Lunatic asylums in Bengal annual reports 1888-1898 - 1888-1898
Year: 1888
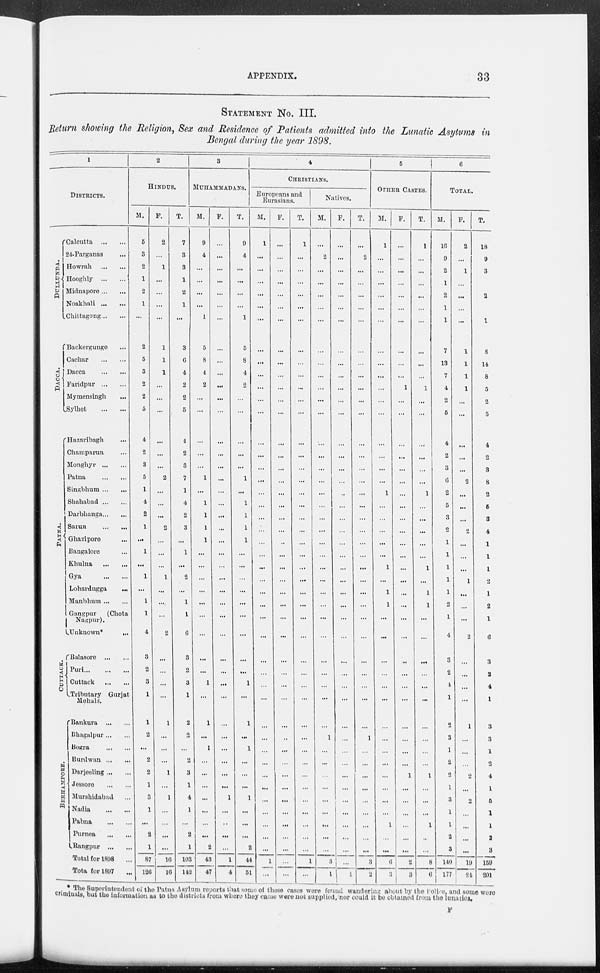
APPENDIX.
33
STATEMENT No. III.
Return showing the Religion, Sex and Residence of Patients admitted into the Lunatic Asylums in
Bengal during the year 1898.
1
DISTRICTS.
DULLUNDA.
DACCA.
PATNA.
CUTTACK.
BERHAMPORE.
Calcutta
...
...
24-Parganas ...
Howrah
...
...
Hooghly
...
...
Midnapore ... ...
Noakhali ... ...
Chittagong ... ...
Backergunge ...
Cachar
...
...
Dacca
...
...
Faridpur ... ...
Mymensingh ...
Sylhet
...
...
Hazaribagh ... ...
Champarun ... ...
Monghyr ... ...
Patna
...
...
Singbhum ... ...
Shahabad ... ...
Darbhanga ... ...
Sarun
...
...
Ghazipore ...
Bangalore ...
Khulna ... ...
Gya
...
...
Lohardugga ...
Manbhum ... ...
Gangpur
(Chota
Nagpur).
Unknown* ... ...
Balasore
...
...
Puri ... ... ...
Cuttack ... ...
Tributary Gurjat
Mehals.
Bankura
...
...
Bhagalpur ... ...
Bogra
...
...
Burdwan ... ...
Darjeeling ... ...
Jessore
...
...
Murshidabad ...
Nadia
...
...
Pabna ... ...
Purnea ... ...
Rangpur ... ...
Total for 1898 ...
Total for 1897 ...
2
HINDUS.
M.
5
3
2
1
2
1
...
2
5
3
2
2
5
4
2
3
5
1
1
2
1
...
1
...
1
...
1
1
4
3
2
3
1
1
2
...
2
2
1
3
1
...
2
1
87
123
F.
2
...
1
...
...
...
...
1
1
1
...
...
...
...
...
...
2
...
...
...
2
...
...
...
1
...
...
...
2
...
...
...
...
...
...
...
...
1
...
1
...
...
...
...
16
16
T.
7
3
3
1
2
1
...
3
6
4
2
2
5
4
2
3
7
1
4
2
3
...
1
...
2
...
1
1
6
3
2
3
1
2
2
...
2
3
1
4
1
...
2
1
103
142
3
MUHAMMADANS.
M.
9
4
...
...
...
...
1
5
8
4
2
...
...
...
...
...
1
...
1
1
1
1
...
...
...
...
...
...
...
1
...
1
...
1
...
1
...
...
...
...
...
...
...
...
43
47
F.
...
...
...
...
...
...
...
...
...
...
...
...
...
...
...
...
...
...
...
...
...
...
...
...
...
...
...
...
...
...
...
...
...
...
...
...
...
...
...
1
...
...
...
...
1
4
T.
9
4
...
...
...
...
1
5
8
4
2
...
...
...
...
...
1
...
1
1
1
1
...
...
...
...
...
...
...
1
...
1
...
1
...
1
...
...
...
1
...
...
...
2
44
51
4
CHRISTIANS.
Europeans and
Eurasians.
M.
1
...
...
...
...
...
...
...
...
...
...
...
...
...
...
...
...
...
...
...
...
...
...
...
...
...
...
...
...
...
...
...
...
...
...
...
...
...
...
...
...
...
...
...
1
...
F.
...
...
...
...
...
...
...
...
...
...
...
...
...
...
...
...
...
...
...
...
...
...
...
...
...
...
...
...
...
...
...
...
...
...
...
...
...
...
...
...
...
...
...
...
...
...
T.
1
...
...
...
...
...
...
...
...
...
...
...
...
...
...
...
...
...
...
...
...
...
...
...
...
...
...
...
...
...
...
...
...
...
...
...
...
...
...
...
...
...
...
...
1
...
Natives.
M.
...
2
...
...
...
...
...
...
...
...
...
...
...
...
...
...
...
...
...
...
...
...
...
...
...
...
...
...
...
...
...
...
...
...
1
...
...
...
...
...
...
...
...
...
3
1
F.
...
...
...
...
...
...
...
...
...
...
...
...
...
...
...
...
...
...
...
...
...
...
...
...
...
...
...
...
...
...
...
...
...
...
...
...
...
...
...
...
...
...
...
...
...
1
T.
...
2
...
...
...
...
...
...
...
...
...
...
...
...
...
...
...
...
...
...
...
...
...
...
...
...
...
...
...
...
...
...
...
...
1
...
...
...
...
...
...
...
...
...
3
2
5
6
OTHER CASTES.
M.
1
...
...
...
...
...
...
...
...
...
...
...
...
...
...
...
...
1
...
...
...
...
...
1
...
1
1
...
...
...
...
...
...
...
...
...
...
...
...
...
...
1
...
...
6
3
F.
...
...
...
...
...
...
...
...
...
...
1
...
...
...
...
...
...
...
...
...
...
...
...
...
...
...
...
...
...
...
...
...
...
...
...
...
...
1
...
...
...
...
...
...
2
3
T.
1
...
...
...
...
...
...
...
...
...
1
...
...
...
...
...
...
1
...
...
...
...
...
1
...
1
1
...
...
...
...
...
...
...
...
...
...
1
...
...
...
1
...
...
8
6
M.
16
9
2
1
2
1
1
7
13
7
4
2
5
4
2
3
6
2
5
3
2
1
1
1
1
1
2
1
4
3
2
4
1
2
3
1
2
2
1
3
1
1
2
3
140
177
TOTAL.
F.
2
...
1
...
...
...
...
1
1
1
1
...
...
...
...
...
2
...
...
...
2
...
...
...
1
...
...
...
2
...
...
...
...
1
...
...
...
2
...
2
...
...
...
...
19
24
T.
18
9
3
1
2
1
1
8
14
8
5
2
5
4
2
3
8
2
5
3
4
l
1
l
2
1
2
1
6
3
2
4
1
3
3
1
2
4
1
5
1
1
2
3
159
201
* The Superintendent of the Patna Asylum reports that some of these cases were found wandering about by the police, and some were
criminals, but the information as to the districts from where they came were not supplied, nor could it be obtained from the lunatics.
F